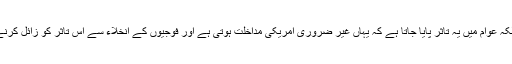
”اس خطے کی حکومتوں میں نہیں بلکہ عوام میں یہ تاثر پایا جاتا ہے کہ یہاں غیر ضروری امریکی مداخلت ہوتی ہے اور فوجیوں کے انخلاء سے اس تاثر کو زائل کرنے میں بھی امریکہ کو مدد ملے گی ۔